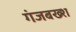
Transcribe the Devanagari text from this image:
गंजबख्श